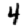
Digit: 4